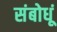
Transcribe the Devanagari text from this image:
संबोधूं